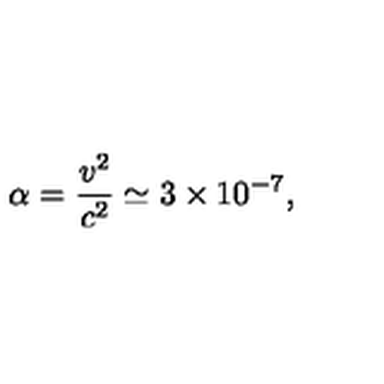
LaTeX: \alpha = \frac { v ^ { 2 } } { c ^ { 2 } } \simeq 3 \times 1 0 ^ { - 7 } ,